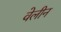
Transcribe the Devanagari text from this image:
वेलीन